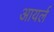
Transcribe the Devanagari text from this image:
आयर्ल